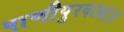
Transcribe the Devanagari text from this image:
पाणीपुरवठ्यात